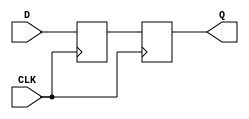
module DFF_Delay (
    input wire D,
    input wire CLK,
    
    output reg Q
);

reg D_delay;

always @(posedge CLK) begin
    D_delay <= D;
    Q <= D_delay;
end

endmodule